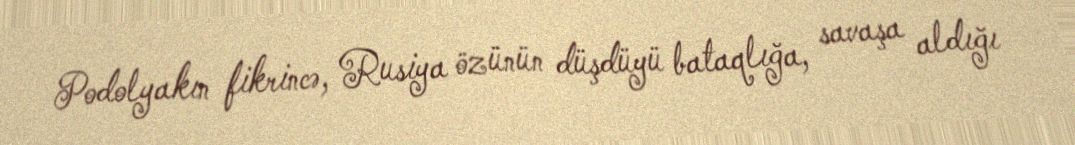
Podolyakın fikrincə, Rusiya özünün düşdüyü bataqlığa, savaşa aldığı